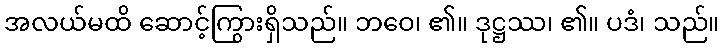
အလယ်မထိ ဆောင့်ကြွားရှိသည်။ ဘဝေ၊ ၏။ ဒုဋ္ဌဿ၊ ၏။ ပဒံ၊ သည်။